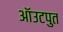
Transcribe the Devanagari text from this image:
ऑउटपुत